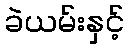
ခဲယမ်းနှင့်